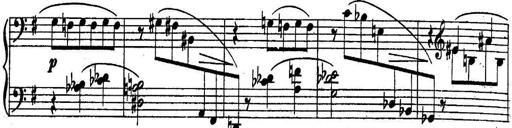
Title: Sonatine
Composer: Adrian Shaposhnikov
Key: E minor